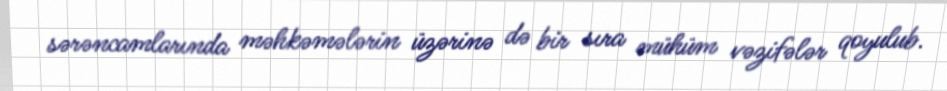
sərəncamlarında məhkəmələrin üzərinə də bir sıra mühüm vəzifələr qoyulub.